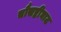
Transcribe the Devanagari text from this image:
चौसष्टीघाट